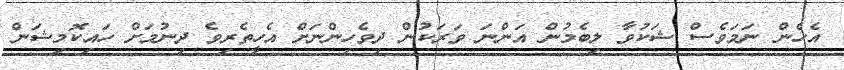
އެހެން ނަމަވެސް ޝަކުވާ ލިބެމުން އަންނަ ވަރަކުން ދިވެހިންނަށް އެހީތެރިވެ ދިނުމަށް ހައިކޮމިޝަން